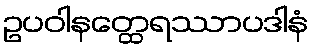
ဥပဝါနတ္ထေရဿာပဒါနံ